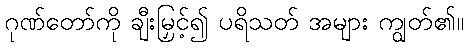
ဂုဏ်တော်ကို ချီးမြှင့်၍ ပရိသတ် အများ ကျွတ်၏။